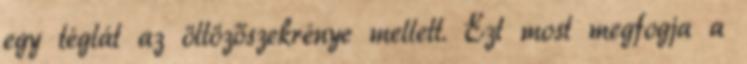
egy téglát az öltözőszekrénye mellett. Ezt most megfogja a